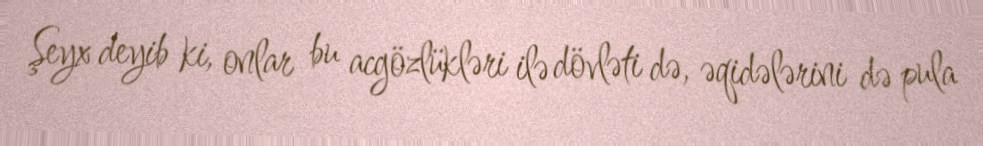
Şeyx deyib ki, onlar bu acgözlükləri ilə dövləti də, əqidələrini də pula